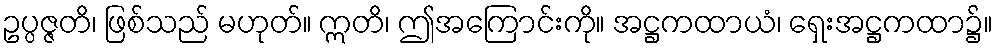
ဥပ္ပဇ္ဇတိ၊ ဖြစ်သည် မဟုတ်။ ဣတိ၊ ဤအကြောင်းကို။ အဋ္ဌကထာယံ၊ ရှေးအဋ္ဌကထာ၌။